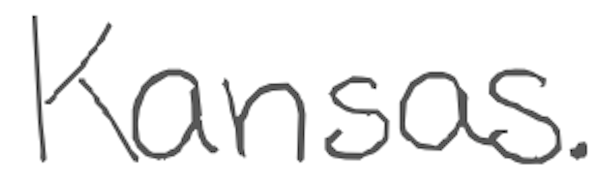
Text: Kansas.
Cross-out: clean
Writing tool: digital_gray